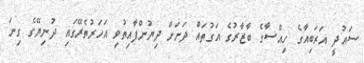
ސައުދީ އަރަބިއާގެ ހިއްސާގެ ބާޒާރުގެ އަގުތައް ދަށަށް ދިޔުންފާއިތުވި އަހަރުތެރޭގައި ދުނިޔޭގެ ގިނަ